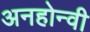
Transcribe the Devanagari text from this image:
अनहोन्‍वी